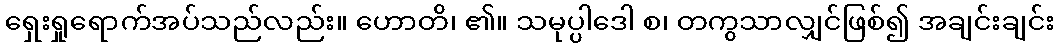
ရှေးရှုရောက်အပ်သည်လည်း။ ဟောတိ၊ ၏။ သမုပ္ပါဒေါ စ၊ တကွသာလျှင်ဖြစ်၍ အချင်းချင်း